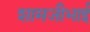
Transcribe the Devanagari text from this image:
शामजीभाई